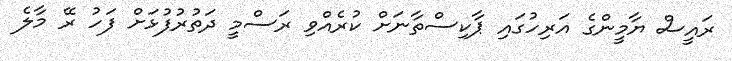
ރައީސް ޔާމީންގެ އަރިހުގައި ޕާކިސްތާނަށް ކުރެއްވި ރަސްމީ ދަތުރުފުޅަށް ފަހު ރޭ މާލެ